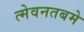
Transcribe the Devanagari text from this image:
त्मेवनतबमे